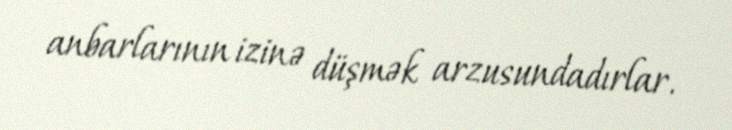
anbarlarının izinə düşmək arzusundadırlar.